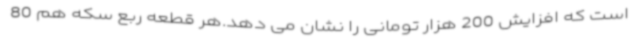
است که افزایش 200 هزار تومانی را نشان می دهد.هر قطعه ربع سکه هم 80